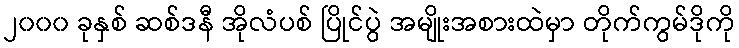
၂၀၀၀ ခုနှစ် ဆစ်ဒနီ အိုလံပစ် ပြိုင်ပွဲ အမျိုးအစားထဲမှာ တိုက်ကွမ်ဒိုကို